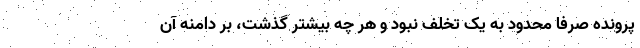
پرونده صرفا محدود به یک تخلف نبود و هر چه بیشتر گذشت، بر دامنه آن